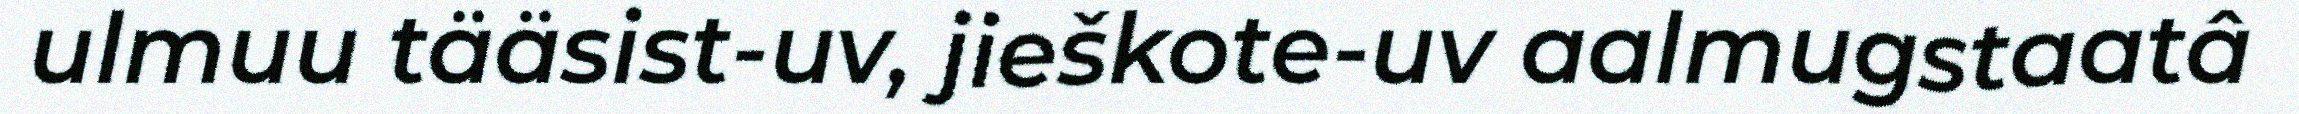
ulmuu tääsist-uv, jieškote-uv aalmugstaatâ